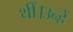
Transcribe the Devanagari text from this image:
थीं।उन्हें